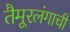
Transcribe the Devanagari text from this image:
तैमूरलंगाची